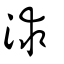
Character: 浗